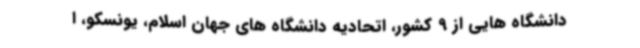
دانشگاه هایی از 9 کشور، اتحادیه دانشگاه های جهان اسلام، یونسکو، ا